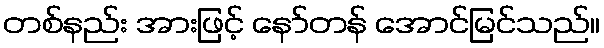
တစ်နည်း အားဖြင့် နော်တန် အောင်မြင်သည်။